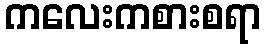
ကလေးကစားစရာ